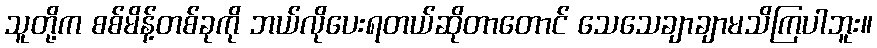
သူတို့က စစ်မိန့်တစ်ခုကို ဘယ်လိုပေးရတယ်ဆိုတာတောင် သေသေချာချာမသိကြပါဘူး။